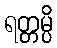
ရတ္တမ္ပိ